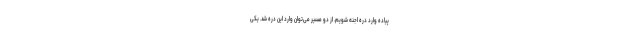
پیاده وارد دره اجنه شویم. از دو مسیر می‌توان وارد این دره شد. یکی